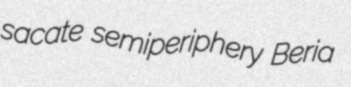
sacate semiperiphery Beria